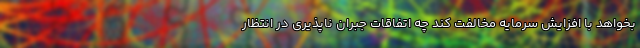
بخواهد با افزایش سرمایه مخالفت کند چه اتفاقات جبران ناپذیری در انتظار